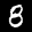
Label: 8